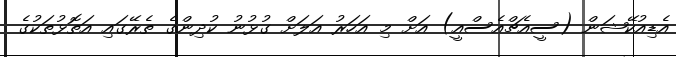
އެޑިއުކޭޝަން (ސީއެޗްއެސްއީ) އަށް މި އަހަރު އަލަށް ގުޅުނު ކުދިންގެ ތެރޭގައި އަތޮޅުތަކުގެ